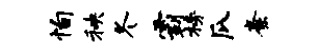
恂秧冬霸榜瓜紊